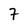
Character: 7